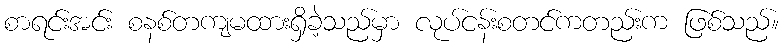
စာရင်းအင်း စနစ်တကျမထားရှိခဲ့သည်မှာ လုပ်ငန်းစတင်ကတည်းက ဖြစ်သည်။